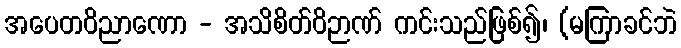
အပေတဝိညာဏော - အသိစိတ်ဝိဉာဏ် ကင်းသည်ဖြစ်၍၊ (မကြာခင်ဘဲ